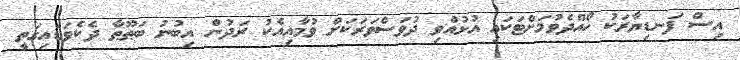
އިސް ފަނޑިޔާރަކު ހޯއްދެވުމަށްޓަކައި އުޅުއްވި ދުވަސްވަރަކަށް ވުމާއިއެކު ރަދުން އިބުނު ބަޠޫޠާ ދެކެވަޑައިގަތީ